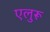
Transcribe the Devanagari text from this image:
एलुरू